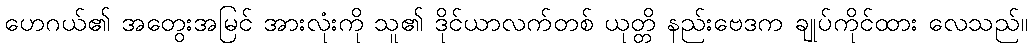
ဟေဂယ်၏ အတွေးအမြင် အားလုံးကို သူ၏ ဒိုင်ယာလက်တစ် ယုတ္တိ နည်းဗေဒက ချုပ်ကိုင်ထား လေသည်။